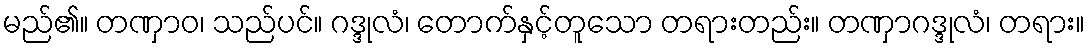
မည်၏။ တဏှာဝ၊ သည်ပင်။ ဂဒ္ဒုလံ၊ တောက်နှင့်တူသော တရားတည်း။ တဏှာဂဒ္ဒုလံ၊ တရား။